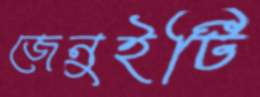
জেনুইটি